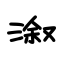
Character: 溆